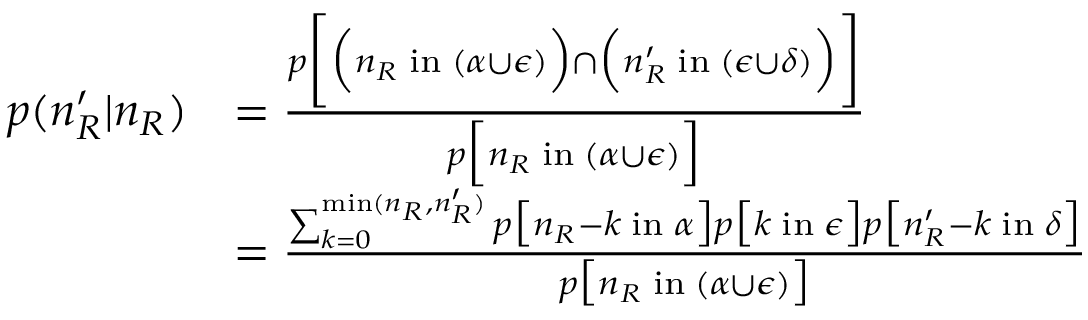
\begin{array} { r l } { p ( n _ { R } ^ { \prime } | n _ { R } ) } & { = \frac { p \bigg [ \Big ( n _ { R } \; \mathrm { i n } \; ( \alpha \cup \epsilon ) \Big ) \cap \Big ( n _ { R } ^ { \prime } \; \mathrm { i n } \; ( \epsilon \cup \delta ) \Big ) \bigg ] } { p \Big [ n _ { R } \; \mathrm { i n } \; ( \alpha \cup \epsilon ) \Big ] } } \\ & { = \frac { \sum _ { k = 0 } ^ { \operatorname* { m i n } ( n _ { R } , n _ { R } ^ { \prime } ) } p \big [ n _ { R } - k \; \mathrm { i n } \; \alpha \big ] p \big [ k \; \mathrm { i n } \; \epsilon \big ] p \big [ n _ { R } ^ { \prime } - k \; \mathrm { i n } \; \delta \big ] } { p \big [ n _ { R } \; \mathrm { i n } \; ( \alpha \cup \epsilon ) \big ] } } \end{array}